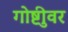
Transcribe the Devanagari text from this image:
गोष्टीुवर